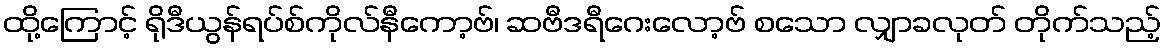
ထို့ကြောင့် ရိုဒီယွန်ရပ်စ်ကိုလ်နီကော့ဗ်၊ ဆဗီဒရီဂေးလော့ဗ် စသော လျှာခလုတ် တိုက်သည့်